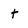
Character: t